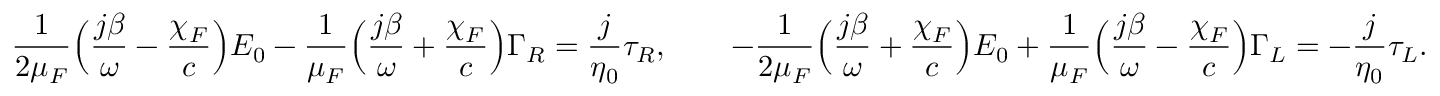
{ \frac { 1 } { 2 \mu _ { \/ F } } } \Big ( { \frac { j \beta } { \omega } } - { \frac { \chi _ { \/ F } } { c } } \Big ) E _ { 0 } - { \frac { 1 } { \mu _ { \/ F } } } \Big ( { \frac { j \beta } { \omega } } + { \frac { \chi _ { \/ F } } { c } } \Big ) \Gamma _ { \/ R } = { \frac { j } { \eta _ { 0 } } } \tau _ { \/ R } , \qquad - { \frac { 1 } { 2 \mu _ { \/ F } } } \Big ( { \frac { j \beta } { \omega } } + { \frac { \chi _ { \/ F } } { c } } \Big ) E _ { 0 } + { \frac { 1 } { \mu _ { \/ F } } } \Big ( { \frac { j \beta } { \omega } } - { \frac { \chi _ { \/ F } } { c } } \Big ) \Gamma _ { \/ L } = - { \frac { j } { \eta _ { 0 } } } \tau _ { \/ L } .